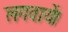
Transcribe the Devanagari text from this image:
लगवायें।